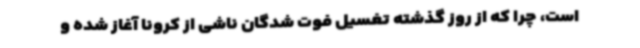
است، چرا که از روز گذشته تغسیل فوت شدگان ناشی از کرونا آغاز شده و